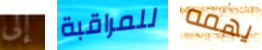
إلى للمراقبة يهمه